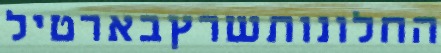
החלונותשרץבארטיל